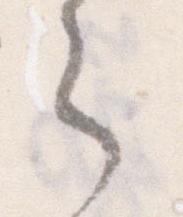
之